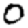
Digit: 0